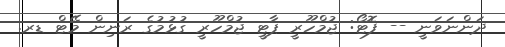
ދަންނަވަނީ -- ފޮޓޯ: ޖުމްހޫރީ ޕާޓީ ޖުމްހޫރީ ގުޅުމުގެ ރަނިން މޭޓް ޑރ.